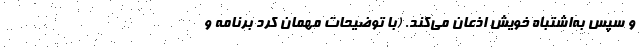
و سپس به‌اشتباه خویش اذعان می‌کند. (با توضیحات مهمان کُرد برنامه و